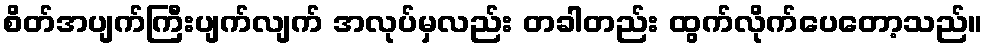
စိတ်အပျက်ကြီးပျက်လျက် အလုပ်မှလည်း တခါတည်း ထွက်လိုက်ပေတော့သည်။